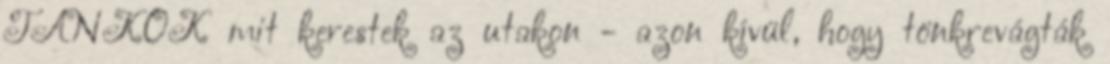
TANKOK mit kerestek az utakon - azon kívül, hogy tönkrevágták